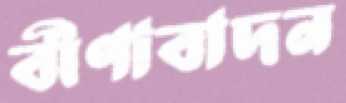
বীণাবাদন